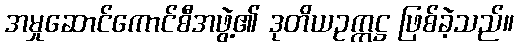
အမှုဆောင်ကောင်စီအဖွဲ့၏ ဒုတိယဥက္ကဋ္ဌ ဖြစ်ခဲ့သည်။